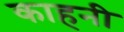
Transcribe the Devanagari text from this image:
काहनी